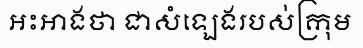
អះអាងថា ជាសំឡេងរបស់ក្រុម